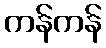
ကန်ကန်